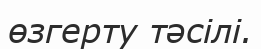
өзгерту тәсілі.